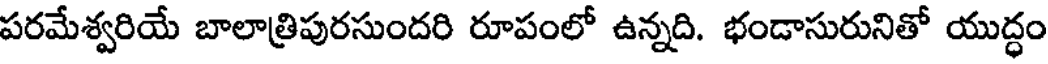
పరమేశ్వరియే బాలాత్రిపురసుందరి రూపంలో ఉన్నది. భండాసురునితో యుద్ధం